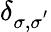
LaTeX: \delta_{{\sigma},{\sigma}^{'}}